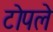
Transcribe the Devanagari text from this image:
टोपले